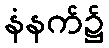
နံနက်၌